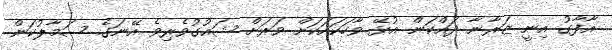
އާފާގު އިނީ ޒަރާނާ ދައްކަން އުޅޭ ވާހަކައަކަށް ވަރަށް ޝައުގުވެރިވެ އޭނަގެ ސަމާލުކަން